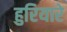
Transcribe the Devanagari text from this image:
हुरियारे